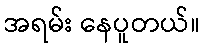
အရမ်း နေပူတယ်။